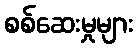
စစ်ဆေးမှုများ